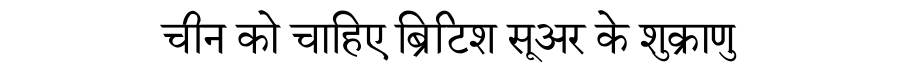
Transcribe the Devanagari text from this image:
चीन को चाहिए ब्रिटिश सूअर के शुक्राणु